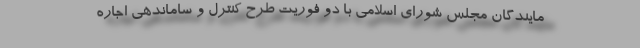
مایندگان مجلس شورای اسلامی با دو فوریت طرح کنترل و ساماندهی اجاره‌